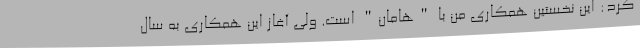
کرد: این نخستین همکاری من با "هامان" است. ولی آغاز این همکاری به سال